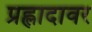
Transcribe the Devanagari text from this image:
प्रह्लादावर